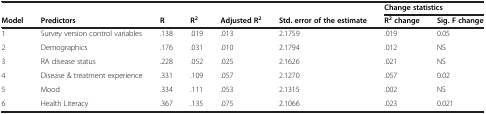
<table><thead><tr><td><b> </b></td><td><b> </b></td><td><b> </b></td><td><b> </b></td><td><b> </b></td><td><b> </b></td><td colspan="2"><b>Change statistics</b></td></tr><tr><td><b>Model</b></td><td><b>Predictors</b></td><td><b>R</b></td><td><b>R<sup>2</sup></b></td><td><b>Adjusted R<sup>2</sup></b></td><td><b>Std. error of the estimate</b></td><td><b>R<sup>2 </sup>change</b></td><td><b>Sig. F change</b></td></tr></thead><tbody><tr><td>1</td><td>Survey version control variables</td><td>.138</td><td>.019</td><td>.013</td><td>2.1759</td><td>.019</td><td>0.05</td></tr><tr><td>2</td><td>Demographics</td><td>.176</td><td>.031</td><td>.010</td><td>2.1794</td><td>.012</td><td>NS</td></tr><tr><td>3</td><td>RA disease status</td><td>.228</td><td>.052</td><td>.025</td><td>2.1626</td><td>.021</td><td>NS</td></tr><tr><td>4</td><td>Disease &amp; treatment experience</td><td>.331</td><td>.109</td><td>.057</td><td>2.1270</td><td>.057</td><td>0.02</td></tr><tr><td>5</td><td>Mood</td><td>.334</td><td>.111</td><td>.053</td><td>2.1315</td><td>.002</td><td>NS</td></tr><tr><td>6</td><td>Health Literacy</td><td>.367</td><td>.135</td><td>.075</td><td>2.1066</td><td>.023</td><td>0.021</td></tr></tbody></table>